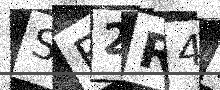
Text: SB2R4Z